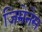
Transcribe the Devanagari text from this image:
जिमेनेस